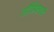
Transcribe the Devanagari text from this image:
सौप्तिकपर्व